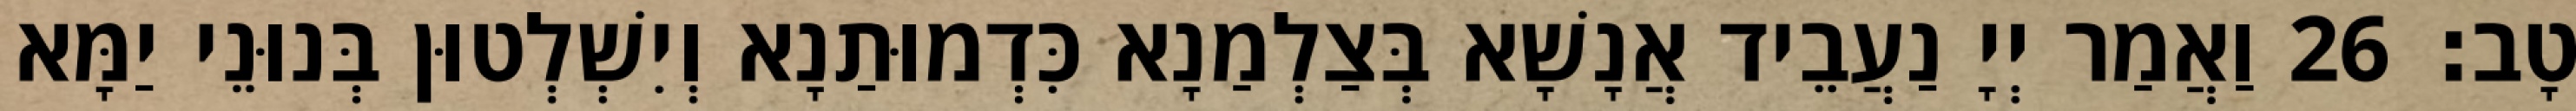
טָב׃ 26 וַאֲמַר יְיָ נַעֲבֵיד אֲנָשָׁא בְּצַלְמַנָא כִּדְמוּתַנָא וְיִשְׁלְטוּן בְּנוּנֵי יַמָּא